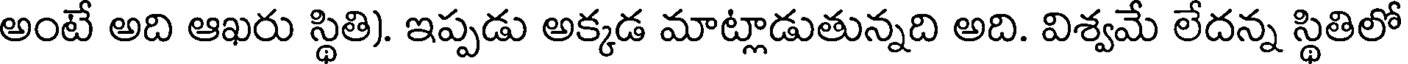
అంటే అది ఆఖరు స్థితి). ఇప్పడు అక్కడ మాట్లాడుతున్నది అది. విశ్వమే లేదన్న స్థితిలో